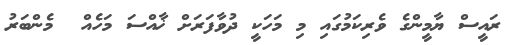
ރައީސް ޔާމީންގެ ވެރިކަމުގައި މި މަހަކީ ދުވާފަރަށް ޚާއްސަ މަހެއް  މެންބަރު